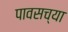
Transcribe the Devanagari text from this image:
पावसच्या